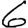
Digit: 6